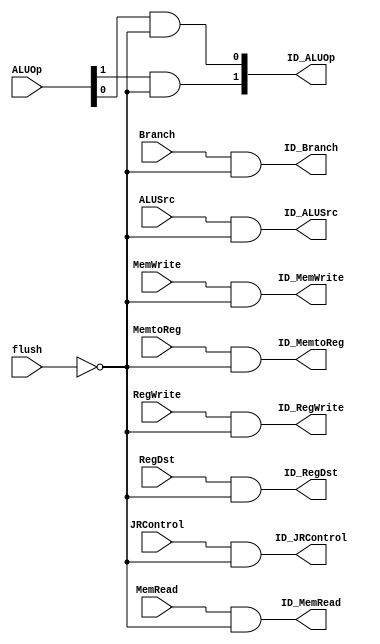
//it's role is to solve the control hazards and deisccard 
//instructions in IF and ID stages when a jump instruction performs
module flushBlock(
ID_RegDst,ID_ALUSrc, ID_MemtoReg,ID_RegWrite,ID_MemRead,ID_MemWrite,
ID_Branch,ID_ALUOp,ID_JRControl,flush,RegDst,ALUSrc,MemtoReg,RegWrite,
MemRead,MemWrite,Branch,ALUOp,JRControl);

output ID_RegDst,ID_ALUSrc,ID_MemtoReg,ID_RegWrite,ID_MemRead,ID_MemWrite,ID_Branch,ID_JRControl;
output [1:0] ID_ALUOp;
input flush,RegDst,ALUSrc,MemtoReg,RegWrite,MemRead,MemWrite,Branch,JRControl;
input [1:0] ALUOp;

not (notflush,flush);
and and1(ID_RegDst,RegDst,notflush);
and and2(ID_ALUSrc,ALUSrc,notflush);
and and3(ID_MemtoReg,MemtoReg,notflush);
and and4(ID_RegWrite,RegWrite,notflush);
and and5(ID_MemRead,MemRead,notflush);
and and6(ID_MemWrite,MemWrite,notflush);
and and7(ID_Branch,Branch,notflush);
and and8(ID_JRControl,JRControl,notflush);
and and9(ID_ALUOp[1],ALUOp[1],notflush);
and and10(ID_ALUOp[0],ALUOp[0],notflush);
// generating delay by discarding the ID control signals 
endmodule 

module Discard_Instr(ID_flush,IF_flush,jump,bne,jr);
output ID_flush,IF_flush;
input jump,bne,jr;
or OR1(IF_flush,jump,bne,jr);
or OR2(ID_flush,bne,jr);
endmodule